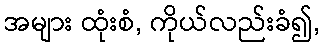
အများ ထုံးစံ, ကိုယ်လည်းခံ၍,